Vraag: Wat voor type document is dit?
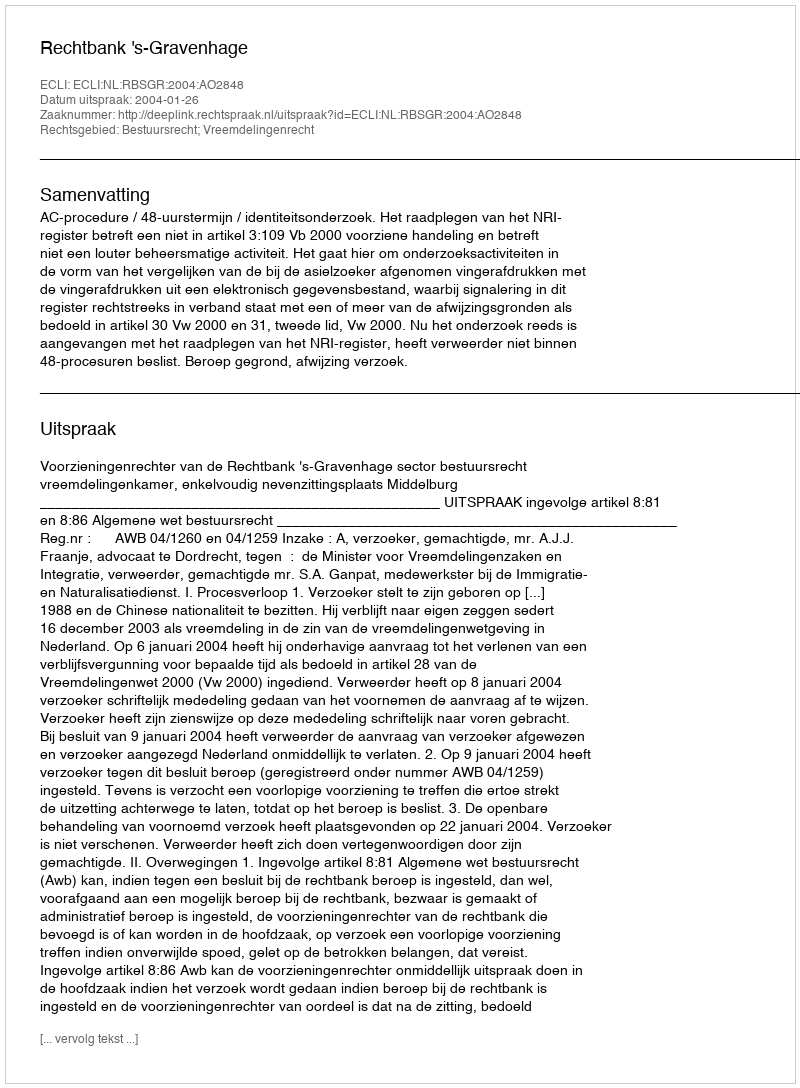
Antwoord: Uitspraak